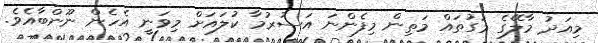
މިއަދު މާލޭގެ މަގުތައް މަތިން މިފެންނަ އަސުރުމާ ކުލައަށް މިވަނީ އެހެން ނޫންބާއެވެ.